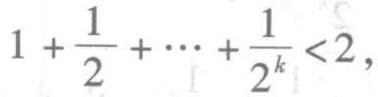
\(1 + \frac{1}{2} + \cdots + \frac{1}{2^k} < 2\)